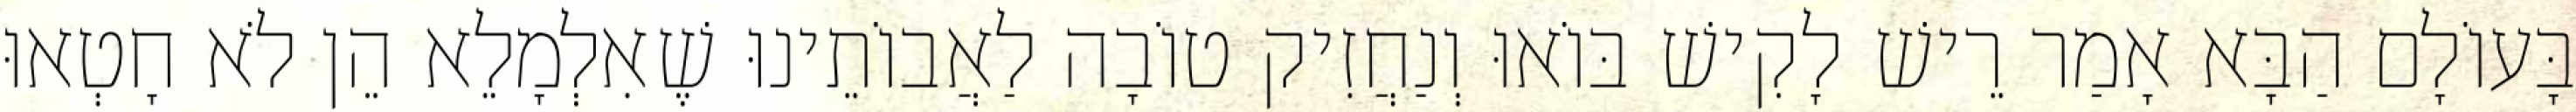
בָּעוֹלָם הַבָּא אָמַר רֵישׁ לָקִישׁ בּוֹאוּ וְנַחֲזִיק טוֹבָה לַאֲבוֹתֵינוּ שֶׁאִלְמָלֵא הֵן לֹא חָטְאוּ